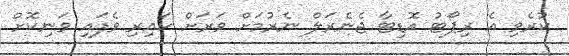
ކުރެވި އެ ރިޕޯޓު އޮޑިޓާ ޖެނެރަލް ނެރުމަށް ވަރަަށް ކައިރި ވެފައި ވަނިކޮށް